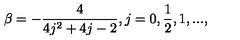
\beta = - \frac { 4 } { 4 j ^ { 2 } + 4 j - 2 } , j = 0 , \frac { 1 } { 2 } , 1 , . . . ,